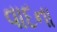
વાદના